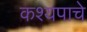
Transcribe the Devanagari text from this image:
कश्यपाचे